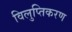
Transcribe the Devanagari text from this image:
विलुप्तिकरण